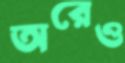
অরেও